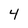
Character: 4